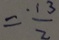
= \frac { \cdot 1 3 } { 2 }